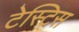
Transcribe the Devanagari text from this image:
टेस्टिस